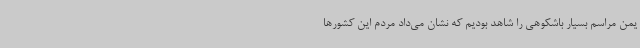
یمن مراسم بسیار باشکوهی را شاهد بودیم که نشان می‌داد مردم این کشورها